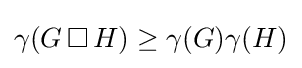
\gamma (G\,\Box \,H)\geq \gamma (G)\gamma (H)